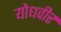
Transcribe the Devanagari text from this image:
योधवीर